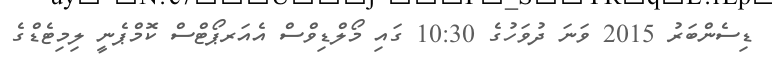
ޑިސެންބަރު 2015 ވަނަ ދުވަހުގެ 10:30 ގައި މޯލްޑިވްސް އެއަރޕޯޓްސް ކޮމްޕެނީ ލިމިޓެޑްގެ